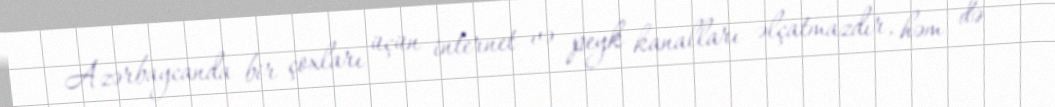
Azərbaycanda bir çoxları üçün internet və peyk kanalları əlçatmazdır, həm də